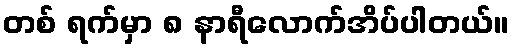
တစ် ရက်မှာ ၈ နာရီလောက်အိပ်ပါတယ်။